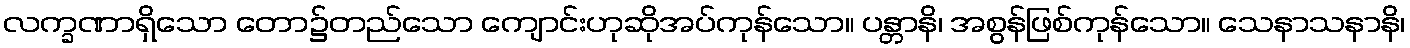
လက္ခဏာရှိသော တော၌တည်သော ကျောင်းဟုဆိုအပ်ကုန်သော။ ပန္တာနိ၊ အစွန်ဖြစ်ကုန်သော။ သေနာသနာနိ၊